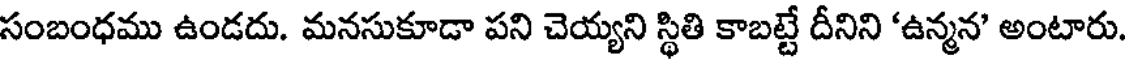
సంబంధము ఉండదు. మనసుకూడా పని చెయ్యని స్థితి కాబట్టే దీనిని 'ఉన్మన' అంటారు.